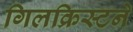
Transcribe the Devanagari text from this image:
गिलक्रिस्टने